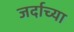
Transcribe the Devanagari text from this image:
जर्दाच्या